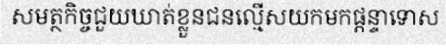
សមត្ថកិច្ចជួយឃាត់ខ្លួនជនល្មើសយកមកផ្តន្ទាទោស